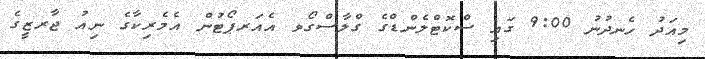
މިއަދު ހެނދުނު 9:00 ގައި ސްކޮޓްލެންޑްގެ ގްލާސްގޯވ އެއަރޕޯޓުން އެމެރިކާގެ ނިއު ޖާރޒީގެ